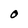
Character: O